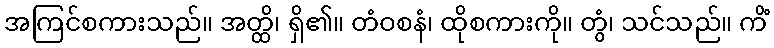
အကြင်စကားသည်။ အတ္ထိ၊ ရှိ၏။ တံဝစနံ၊ ထိုစကားကို။ တွံ၊ သင်သည်။ ကိံ